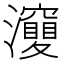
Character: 𤄘